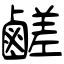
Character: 鹺